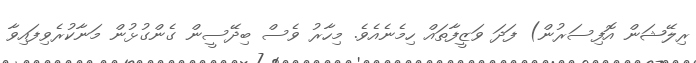
ރިލޭޝަން އޮފިސަރުން) ފަދަ ވަޒީފާތައް ހިމެނެއެވެ. މިހާރު ވެސް ބިދޭސީން ގެންގުޅުން މަނާކުރެވިފައިވާ